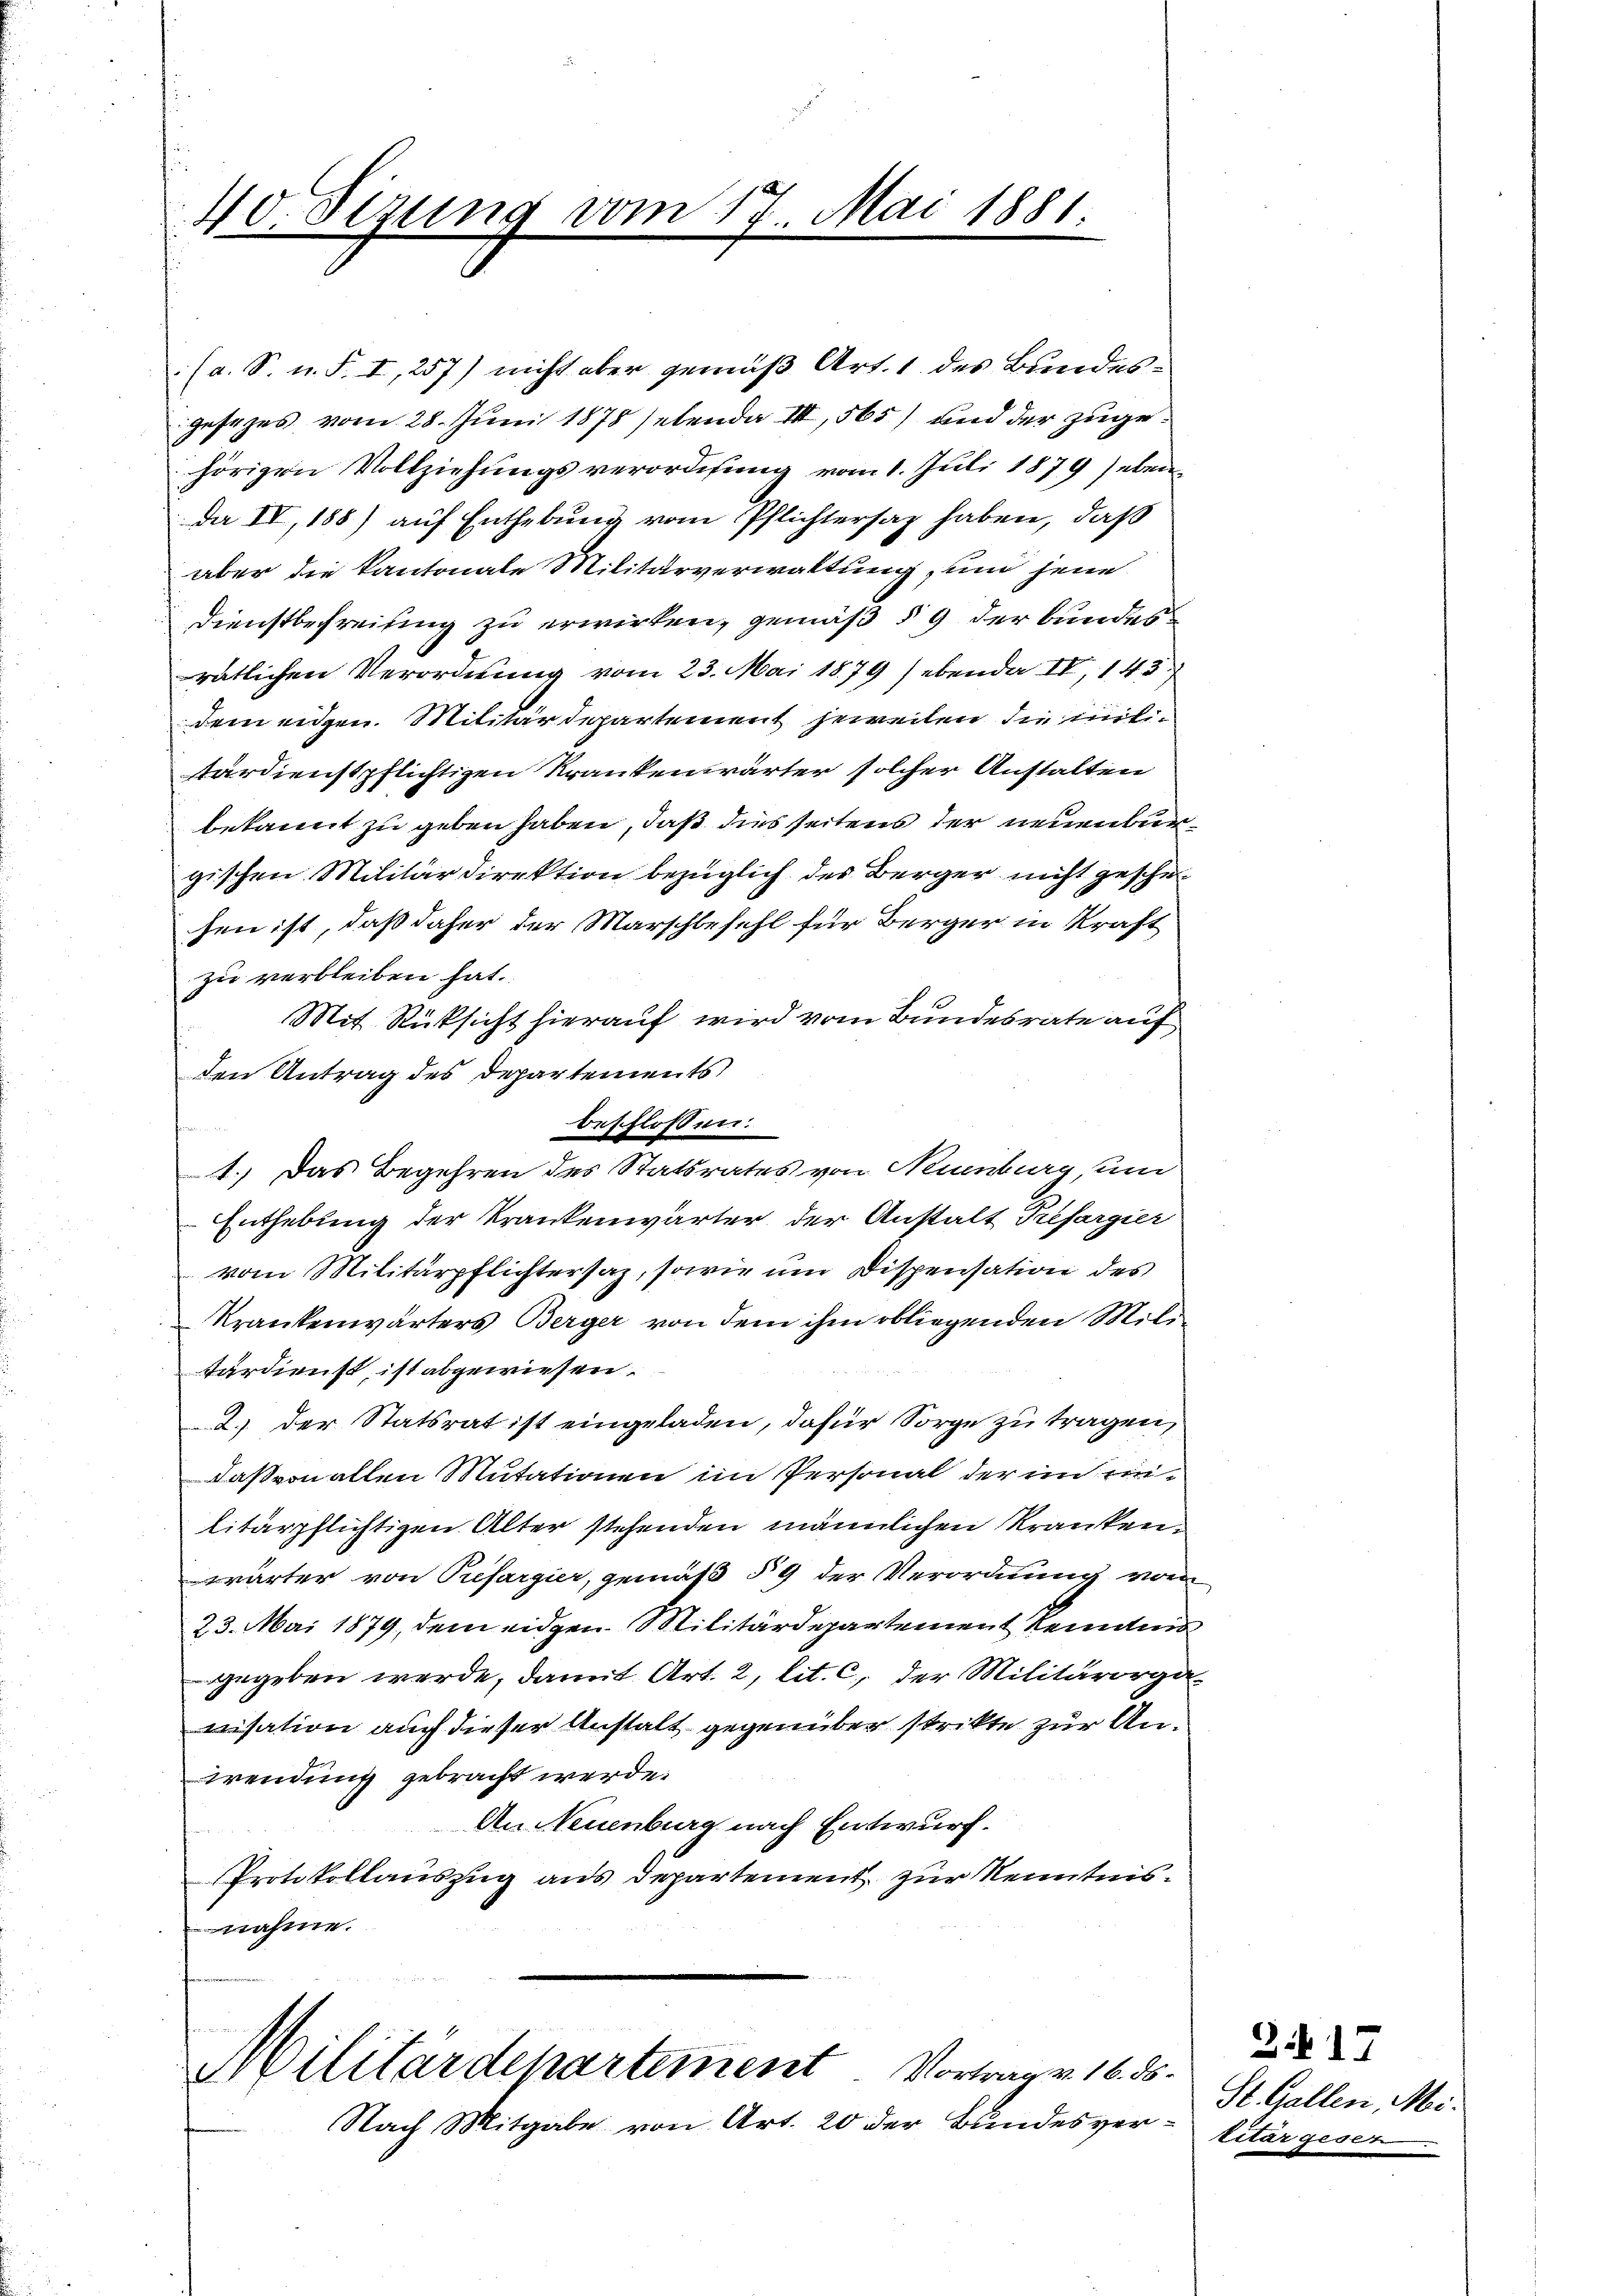
40. Sizung

10 1

.Mai 1881.

(a. S. n. F. I, 257) nicht aber gemäß Art. 1 des Bundesgesezes vom 28. Juni 1878 sehende III, 565) und der zugehörigen Vollziehungsverordnung vom 1. Juli 1879 eben
Da IV, 188) auf Enthebung vom Pflichtersaz haben, daß
aber die kantonale Militärverwaltung, und jene
Dienstbefreiung zu erwirken, gemäß § 9 der bundesratlichen Verordnung vom 23. Mai 1879) ebenda IV, 143.
dem eigen. Militärdepartement jeweilen die mittärdienstpflichtigen Krankenwärter solcher Anstalten
bekannt zu geben haben, daß dies seitens der neuenburgischen Militärdirektion bezüglich des Berger nicht geschehen ist, daß daher der Marschbefehl für Berger in Kraft
zu verbleiben hat.
Mit Rücksicht hierauf wird vom Bundesrate auf
den Antrag des Departements
beschlossen:
1.) Das Begehren des Statsrates von Neuenburg, um
Enthebung der Krankenwärter der Anstalt Prefargier
vom Militärpflichtersaz, sowie um Dispensation des
Krankenwärters Berger von dem ihm obliegenden Miltardienst, ist abgewiesen.
2.) der Statsrat ist eingeladen, dafür Sorge zu tragen,
daßvon allen Mutationen im Personal der in einlitärpflichtigen Alter stehenden männlichen Krankenwärter von Prefargier, gemäß § 9 der Verordnung vom
23. Mai 1879, dem eidgen. Militärdepartement Reims
gegeben werde, damit Art. 2, lit. c, der Militärorganisation auch dieser Anstalt gegenüber strikte zur Anwendung gebracht werde.
An Neuenburg nach Entwurf.
Protokollauszug aus Departement zur Kenntnisnahme.

e
Militärdepartement. Vortrag v. 16. 85.

Nach Mitgabe von Art. 20 der Bundesver¬

S. 17
St. Gallen, Meilitär gesen.